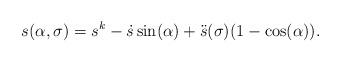
LaTeX: \begin{align*}s(\alpha,\sigma) = s^k - \dot{s}\sin(\alpha)+\ddot{s}(\sigma) (1-\cos(\alpha)).\end{align*}